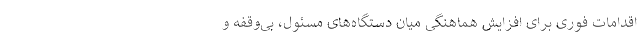
اقدامات فوری برای افزایش هماهنگی میان دستگاه‌های مسئول، بی‌وقفه و